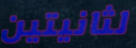
لثانيتين